Vaccination in Bombay 1889-1901 - 1889-1901
Year: 1889
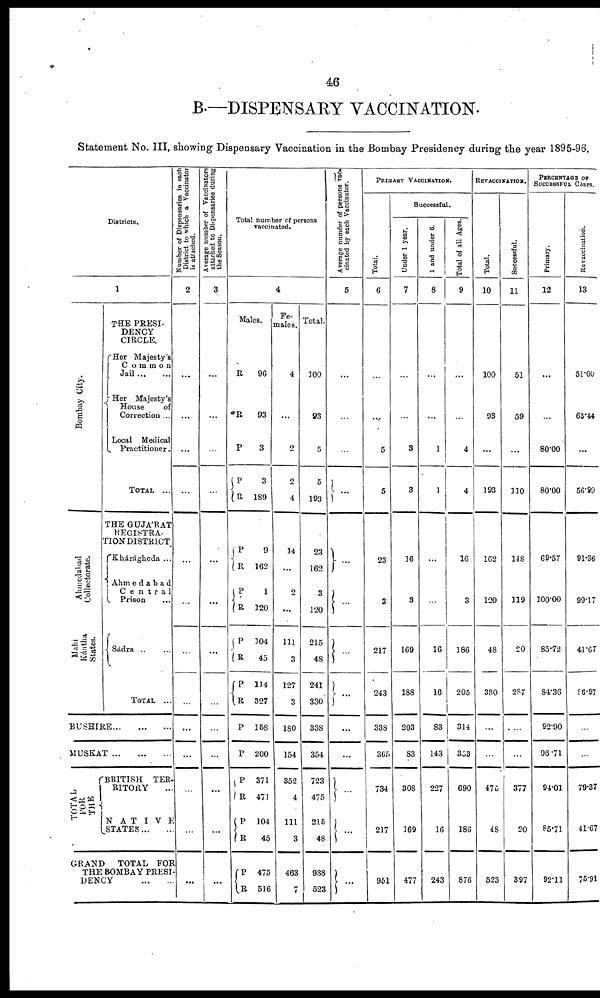
46
B.— DISPENSARY VACCINATION.
Statement No. III, showing Dispensary Vaccination in the Bombay Presidency during the year 1895-96.
Districts.
1
Bombay City.
Ahmedabad
Colletorate
Mahi
Kántha
States.
THE PRESI-
DENCY
CIRCLE.
Her Majesty's
Common
Jail ... ...
Her Majesty's
House
of
Correction ...
Local Medical
Practitioner.
TOTAL ...
THE GUJÁRAT
REGISTRA¬
TION DISTRICT
Khárághoda ...
Ahmedabad
Central
Prison ...
Sádra ... ...
TOTAL ...
BUSHIRE
...
...
...
MUSKAT
...
...
...
TOTAL
FOR
THE
BRITISH TER-
RITORY ...
NATIVE
STATES ... ...
GRAND
TOTAL FOR
THE BOMBAY PRESI¬
DENCY
...
...
Number of Dispensaries in each
District to which a Vaccinator
is attached.
2
...
...
...
...
...
...
...
...
...
...
...
...
...
Average number of Vaccinators
attached to Dispensaries during
the Season.
3
...
...
...
...
...
...
...
...
...
...
...
...
...
Total number of persons
vaccinated.
4
Males.
R
R
P
P
R
P
R
P
R
P
R
P
R
P
P
P
R
P
R
P
R
96
93
3
3
189
9
162
1
120
104
45
114
327
158
200
371
471
104
45
475
516
Fe-
males.
4
...
2
2
4
14
...
2
...
111
3
127
3
180
154
352
4
111
3
463
7
Total.
100
93
5
6
193
23
162
3
120
215
48
241
330
338
354
723
475
215
48
938
523
Average number of persons vac¬
cinated by each Vaccinator.
5
...
...
...
...
...
...
...
...
...
...
...
...
...
PRIMARY VACCINATION.
Total.
6
...
...
5
5
23
3
217
243
338
365
734
217
951
Successful.
Under 1 year.
7
...
...
3
3
16
3
169
188
203
83
308
169
477
1 and under 6.
8
...
...
1
1
...
...
16
16
83
143
227
16
243
Total of all Ages.
9
...
...
4
4
16
3
186
205
314
353
690
186
876
REVACCINATION.
Total.
10
100
93
...
193
162
120
48
330
...
...
475
48
523
Successful.
11
51
59
...
110
148
119
20
287
...
...
377
20
397
PERCENTAGE OF
SUCCESSFUL CASES.
Primary.
12
...
...
80.00
80.00
69.57
100.00
85.72
84.36
92.90
96.71
94.01
85.71
92.11
Revaccination.
13
51.00
63.44
...
56.99
91.36
99.17
41.67
86.97
...
...
79.37
41.67
75.91